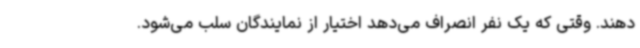
دهند. وقتی که یک نفر انصراف می‌دهد اختیار از نمایندگان سلب می‌شود.